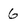
Character: 6